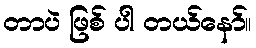
တာပဲ ဖြစ် ပါ တယ်နော်။